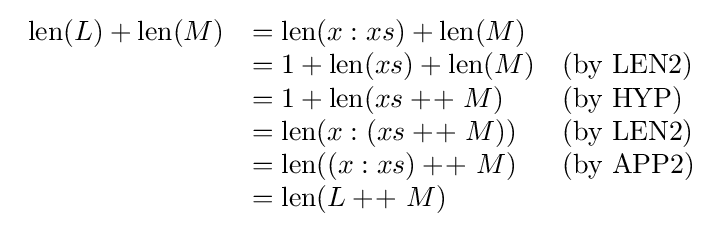
{\begin{array}{rll}\operatorname {len} (L)+\operatorname {len} (M)&=\operatorname {len} (x:xs)+\operatorname {len} (M)\\&=1+\operatorname {len} (xs)+\operatorname {len} (M)&({\text{by LEN2}})\\&=1+\operatorname {len} (xs+\!+\ M)&({\text{by HYP}})\\&=\operatorname {len} (x:(xs+\!+\ M))&({\text{by LEN2}})\\&=\operatorname {len} ((x:xs)+\!+\ M)&({\text{by APP2}})\\&=\operatorname {len} (L+\!+\ M)\end{array}}